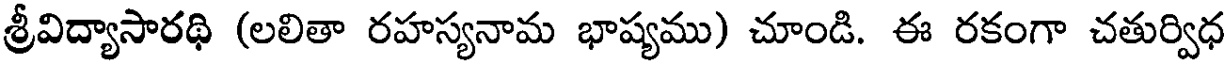
శ్రీవిద్యాసారథి (లలితా రహస్యనామ భాష్యము) చూండి. ఈ రకంగా చతుర్విధ